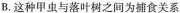
B.这种甲虫与落叶树之间为捕食关系